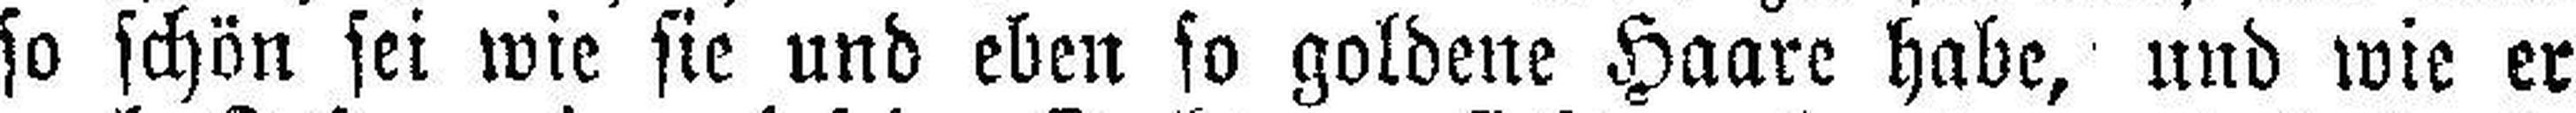
so schön sei wie sie und eben so goldene Haare habe, und wie er